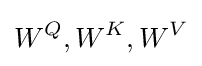
W^{Q},W^{K},W^{V}